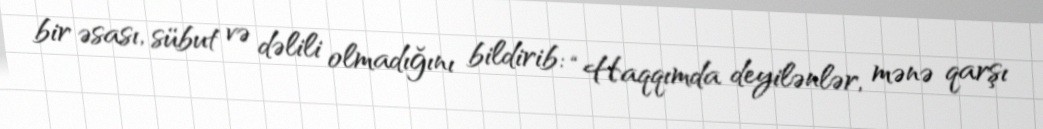
bir əsası, sübut və dəlili olmadığını bildirib: “Haqqımda deyilənlər, mənə qarşı